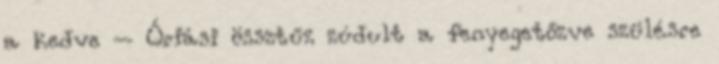
a kedve – Óriási össztűz zúdult a fenyegetőzve szülésre